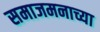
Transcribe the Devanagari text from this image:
समाजमनाच्या